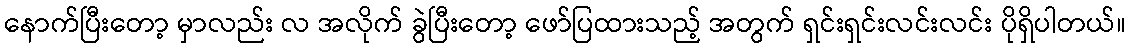
နောက်ပြီးတော့ မှာလည်း လ အလိုက် ခွဲပြီးတော့ ဖော်ပြထားသည့် အတွက် ရှင်းရှင်းလင်းလင်း ပိုရှိပါတယ်။